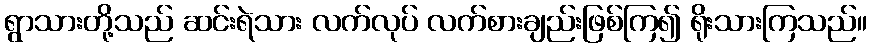
ရွာသားတို့သည် ဆင်းရဲသား လက်လုပ် လက်စားချည်းဖြစ်ကြ၍ ရိုးသားကြသည်။